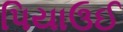
પિયાઉઈ